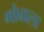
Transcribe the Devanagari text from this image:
गोबाला